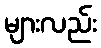
များလည်း